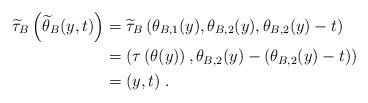
LaTeX: \begin{align*}\widetilde{\tau}_B \left( \widetilde{\theta}_B (y,t) \right) &= \widetilde{\tau}_B \left( \theta_{B,1}(y), \theta_{B,2}(y), \theta_{B,2}(y) - t \right) \\&= \left( \tau \left( \theta (y) \right) , \theta_{B,2}(y) - \left( \theta_{B,2}(y) - t \right) \right) \\&= (y,t) \; .\end{align*}